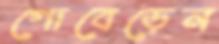
গোবেড়েন